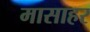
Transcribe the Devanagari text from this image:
मासाहर